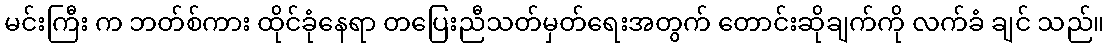
မင်းကြီး က ဘတ်စ်ကား ထိုင်ခုံနေရာ တပြေးညီသတ်မှတ်ရေးအတွက် တောင်းဆိုချက်ကို လက်ခံ ချင် သည်။